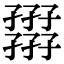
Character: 𡦪